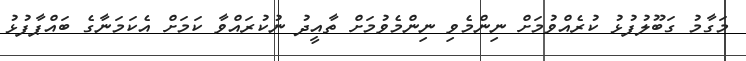
މަގާމު ގަބޫލުފުޅު ކުރެއްވުމަށް ނިންމެވި ނިންމެވުމަށް ތާއީދު ނުކުރައްވާ ކަމަށް އެކަމަނާގެ ބައްޕާފުޅު